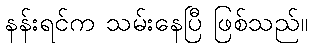
နန်းရင်က သမ်းနေပြီ ဖြစ်သည်။